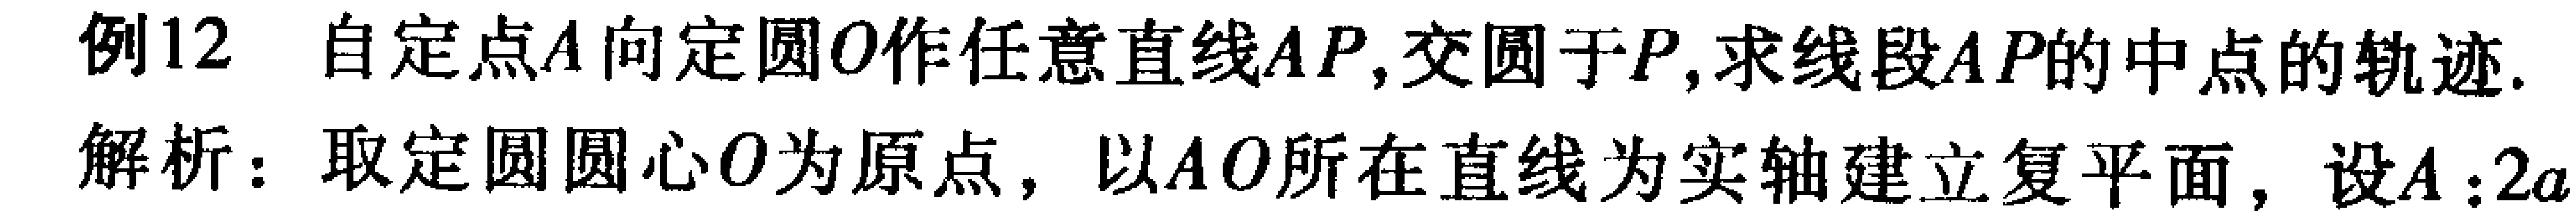
例12 自定点\(A\)向定圆\(O\)作任意直线\(AP\)，交圆于\(P\)，求线段\(AP\)的中点的轨迹.
解析：取定圆圆心\(O\)为原点，以\(AO\)所在直线为实轴建立复平面，设\(A:2a\)